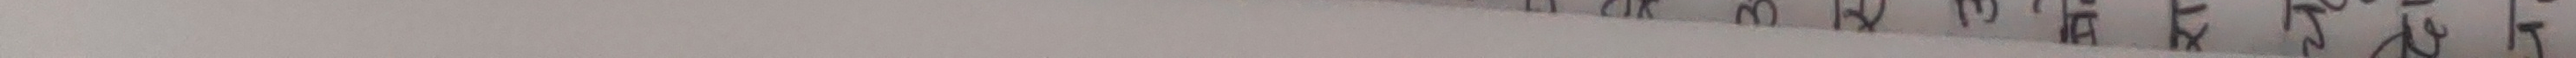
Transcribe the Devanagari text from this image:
अपर